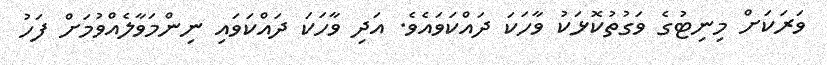
ވަރަކަށް މިނިޓުގެ ވަގުތުކޮޅަކު ވާހަކަ ދައްކަވައެވެ. އަދި ވާހަކަ ދައްކަވައި ނިންމަވާލެއްވުމަށް ފަހު